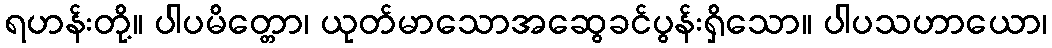
ရဟန်းတို့။ ပါပမိတ္တော၊ ယုတ်မာသောအဆွေခင်ပွန်းရှိသော။ ပါပသဟာယော၊